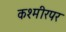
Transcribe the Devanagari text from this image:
कश्मीरपर